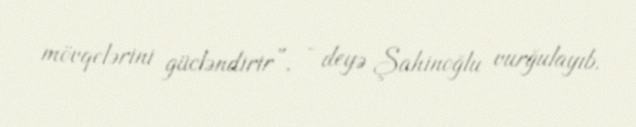
mövqelərini gücləndirir”, - deyə Şahinoğlu vurğulayıb.